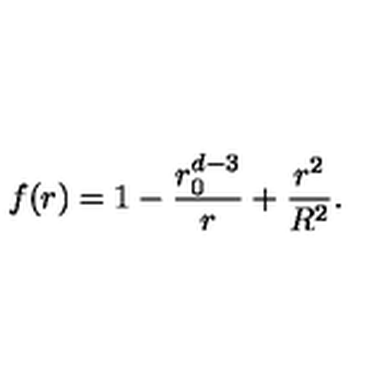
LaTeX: f ( r ) = 1 - \frac { r _ { 0 } ^ { d - 3 } } { r } + \frac { r ^ { 2 } } { R ^ { 2 } } .